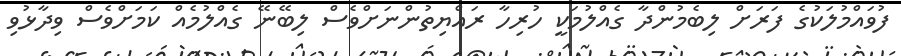
ފުވައްމުލަކުގެ ފަރަށް ލިބެމުންދާ ގެއްލުމަކީ ހުރިހާ ރައްޔިތުންނަށްވެސް ލިބޭނޭ ގެއްލުމެއް ކަމަށްވެސް ވިދާޅުވި